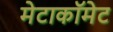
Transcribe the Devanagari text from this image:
मेटाकॉमेट